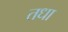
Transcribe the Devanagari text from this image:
तधा